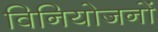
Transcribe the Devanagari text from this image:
विनियोजनों